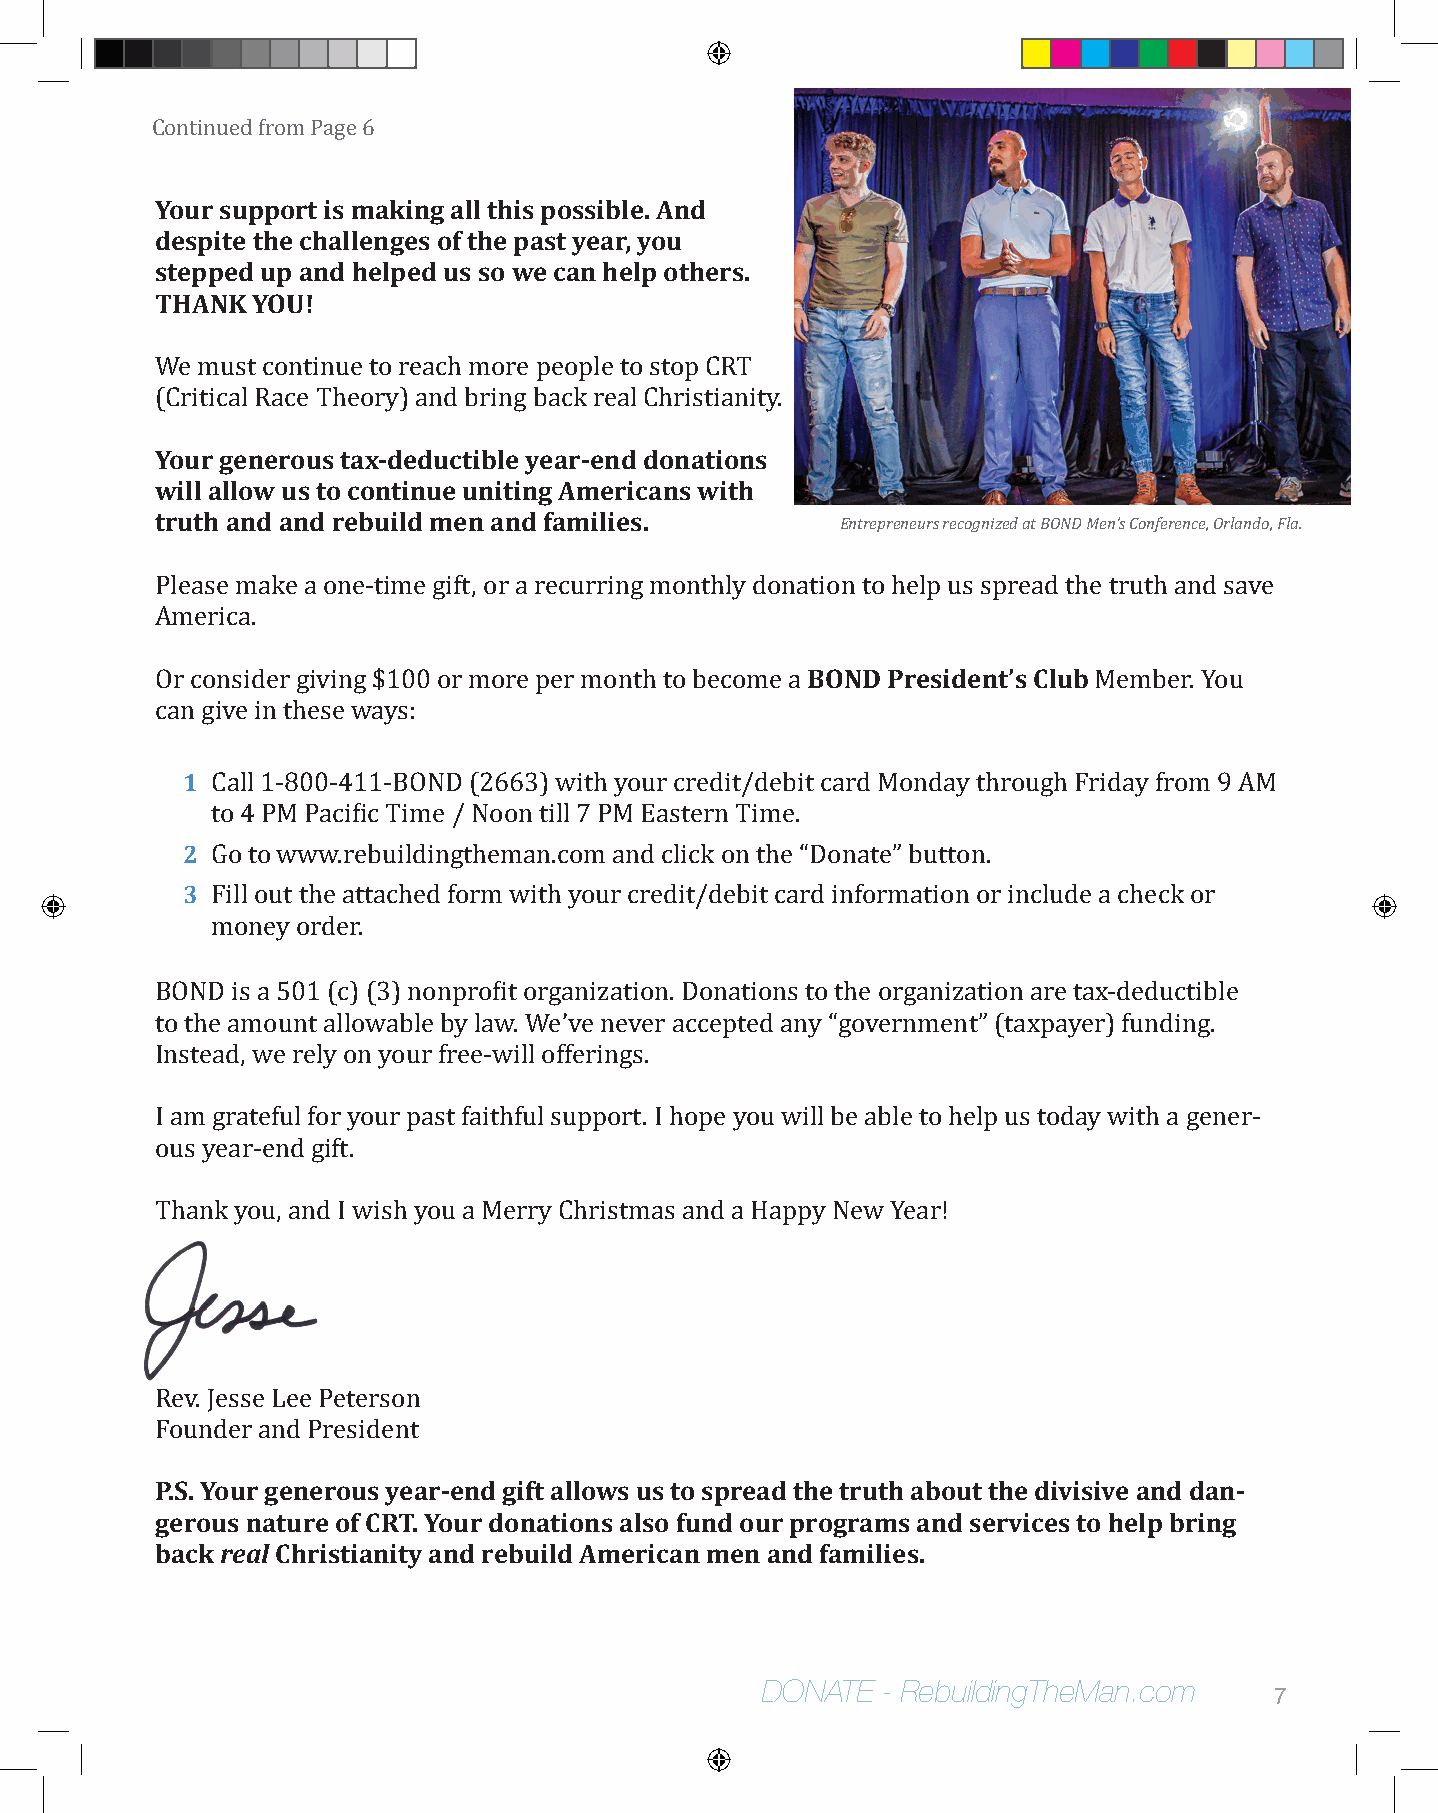
Continued from Page 6
 Your support is making all this possible. And
 despite the challenges of the past year, you
 stepped up and helped us so we can help others.
 THANK  YOU!
 We must continue to reach more people to stop CRT
 (YCoruitri cgaeln Rearcoeu Tsh teaoxr-yd)e adnudc tbirbilneg y beaacrk- erenadl dChorniasttiiaonnisty .
 will allow us to continue uniting Americans with
 truth and and rebuild men and families.       Entrepreneurs recognized at BOND Men’s Conference, Orlando, Fla.
 Please make a one-time gift, or a recurring monthly donation to help us spread the truth and save
 America.                                   BOND  President’s Club
 Or consider giving $100 or more per month to become a         Member. You
 can give in these ways:
 1
 Call 1-800-411-BOND (2663) with your credit/debit card Monday through Friday from 9 AM
 2
 to 4 PM Pacific Time / Noon till 7 PM Eastern Time.
 3
 Go to www.rebuildingtheman.com and click on the “Donate” button.
 Fill out the attached form with your credit/debit card information or include a check or
 money order.
 BOND is a 501 (c) (3) nonprofit organization. Donations to the organization are tax-deductible
 to the amount allowable by law. We’ve never accepted any “government” (taxpayer) funding.
 Instead, we rely on your free-will offerings.
 I am grateful for your past faithful support. I hope you will be able to help us today with a gener-
 ous year-end gift.
 Thank you, and I wish you a Merry Christmas and a Happy New Year!
 Rev. Jesse Lee Peterson
 FP.oSu. nYdoeurr a gnedn Perreosuids eynetar-end gift allows us to spread the truth about the divisive and dan-
 gerous nature of CRT. Your donations also fund our programs and services to help bring
 back real Christianity and rebuild American men and families.
 DONATE  - RebuildingTheMan.com
 7